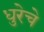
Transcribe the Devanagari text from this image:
धुरेचे